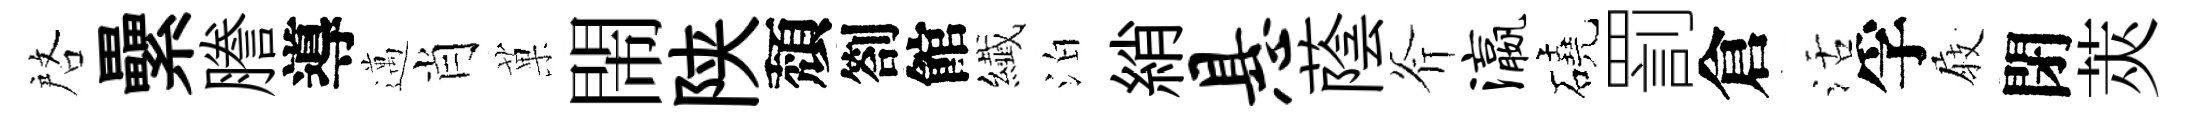
啓纍謄導邁肖菓閙陕頽劄館纎泊綃悬蔭斧瀛磽罰倉活孚𡲆閉莢